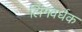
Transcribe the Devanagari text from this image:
लिंगवर्धक